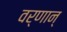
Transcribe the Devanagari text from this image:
वर्णान्